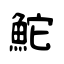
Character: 鮀